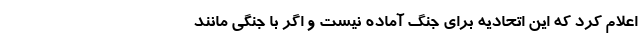
اعلام کرد که این اتحادیه برای جنگ آماده نیست و اگر با جنگی مانند